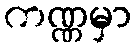
ကဏ္ဏမှာ